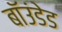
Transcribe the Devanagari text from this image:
बॉउंडेड